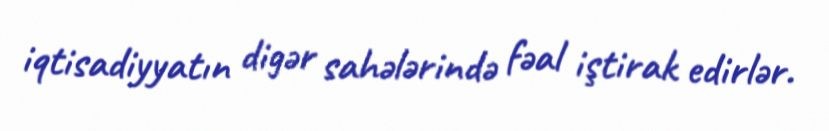
iqtisadiyyatın digər sahələrində fəal iştirak edirlər.